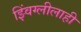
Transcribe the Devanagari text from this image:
झ्विंग्लीलाही